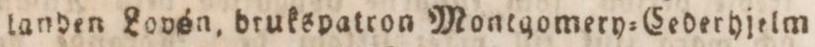
landen Lovén, brukspatron Montgomery=Cederhjelm